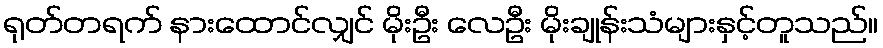
ရုတ်တရက် နားထောင်လျှင် မိုးဦး လေဦး မိုးချုန်းသံများနှင့်တူသည်။